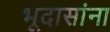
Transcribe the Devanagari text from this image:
भूदासांना